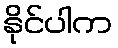
နိုင်ပါက